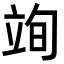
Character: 𮄮